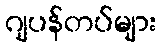
ဂျပန်တပ်များ